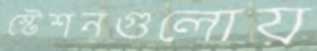
স্টেশনগুলোয়